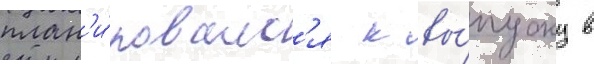
план'и́ровалс'я к вы́пуску в